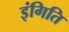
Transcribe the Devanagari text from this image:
इंगिति